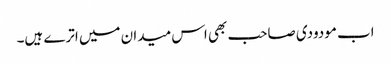
اب مودودی صاحب بھی اس میدان میں اترے ہیں۔